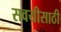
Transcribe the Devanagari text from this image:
सवयीसाठी